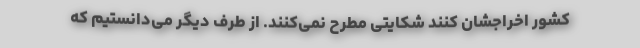
کشور اخراجشان کنند شکایتی مطرح نمی‌کنند. از طرف دیگر می‌دانستیم که